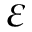
\varepsilon